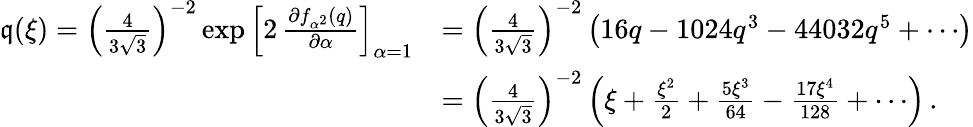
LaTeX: \begin{array}{rl}{\mathfrak{q}(\xi)=\left({\frac{4}{3\sqrt{3}}}\right)^{-2}\exp\left[2\, {\frac{\partial f_{\alpha^{2}}(q)}{\partial\alpha}}\right]_{\alpha=1}}&{=\left({\frac{4}{3\sqrt{3}}}\right)^{-2}\left(16q-1024q^{3}-44032q^{5}+\cdots\right)}\\ &{=\left({\frac{4}{3\sqrt{3}}}\right)^{-2}\left(\xi+{\frac{\xi^{2}}{2}}+{\frac{5\xi^{3}}{64}}-{\frac{17\xi^{4}}{128}}+\cdots\right)\, .}\end{array}